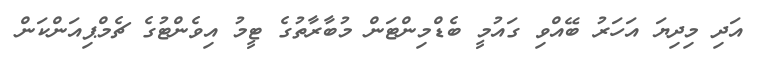
އަދި މިދިޔަ އަހަރު ބޭއްވި ގައުމީ ބެޑްމިންޓަން މުބާރާތުގެ ޓީމު އިވެންޓުގެ ޗެމްޕިއަންކަން